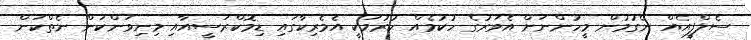
ސެލްފީއެއް ނެގުމުން މީހުންނަށް އެވަރުގެ ހުކުމެއް ކުރުމަކީ އެމެރިކާގައި ޑިމޮކްރަސީއާއި މިނިވަންކަން ނެތްކަން